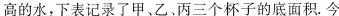
高的水，下表记录了甲、乙、丙三个杯子的底面积。今